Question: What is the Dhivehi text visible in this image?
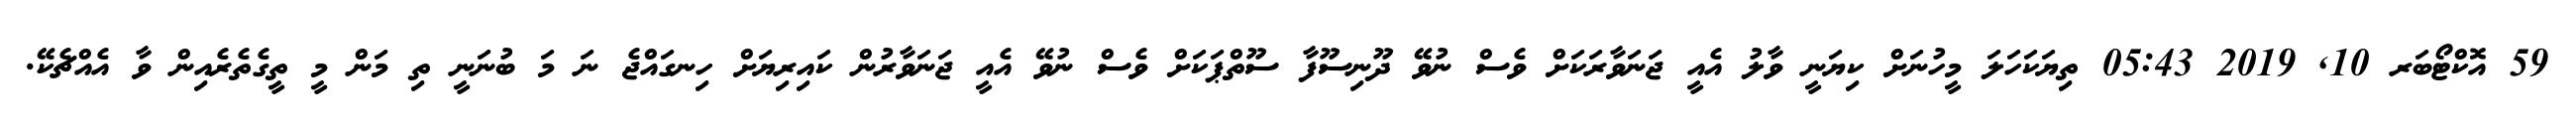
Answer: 59 އޮކްޓޯބަރ 10, 2019 05:43 ތިޔަކަހަލަ މީހުނަށް ކިޔަނީ ވާލު އެއީ ޖަނަވާރަކަށް ވެސް ނުވޭ ދޫނިސޫފާ ސޫތްޕަކަށް ވެސް ނުވޭ އެއީ ޖަނަވާރުން ކައިރިޔަށް ހިނގައްޖެ ނަ މަ ބުނަނީ ތި މަން މީ ތީގެތެރެއިން ވާ އެއްޗެކޭ.